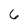
Character: 6